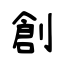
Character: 創